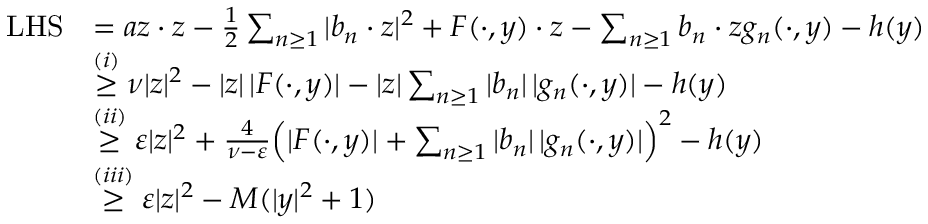
\begin{array} { r l } { \mathrm { L H S } } & { = a z \cdot z - \frac 1 2 \sum _ { n \geq 1 } | b _ { n } \cdot z | ^ { 2 } + F ( \cdot , y ) \cdot z - \sum _ { n \geq 1 } b _ { n } \cdot z g _ { n } ( \cdot , y ) - h ( y ) } \\ & { \stackrel { ( i ) } { \geq } \nu | z | ^ { 2 } - | z | \, | F ( \cdot , y ) | - | z | \sum _ { n \geq 1 } | b _ { n } | \, | g _ { n } ( \cdot , y ) | - h ( y ) } \\ & { \stackrel { ( i i ) } { \geq } \varepsilon | z | ^ { 2 } + \frac { 4 } { \nu - \varepsilon } \Big ( | F ( \cdot , y ) | + \sum _ { n \geq 1 } | b _ { n } | \, | g _ { n } ( \cdot , y ) | \Big ) ^ { 2 } - h ( y ) } \\ & { \stackrel { ( i i i ) } { \geq } \varepsilon | z | ^ { 2 } - M ( | y | ^ { 2 } + 1 ) } \end{array}